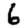
Digit: 6